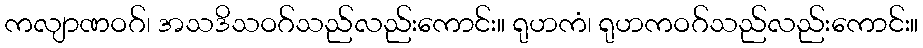
ကလျာဏဝဂ်၊ အသဒိသဝဂ်သည်လည်းကောင်း။ ရုဟကံ၊ ရုဟကဝဂ်သည်လည်းကောင်း။